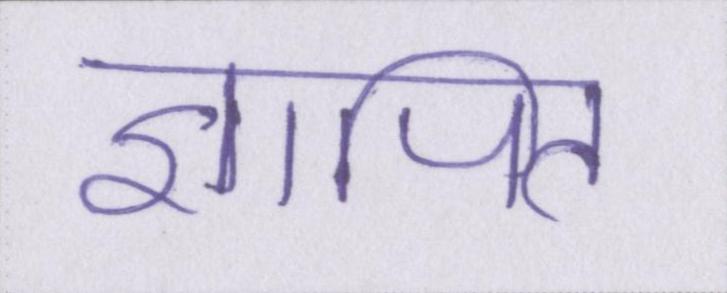
ज्ञापित